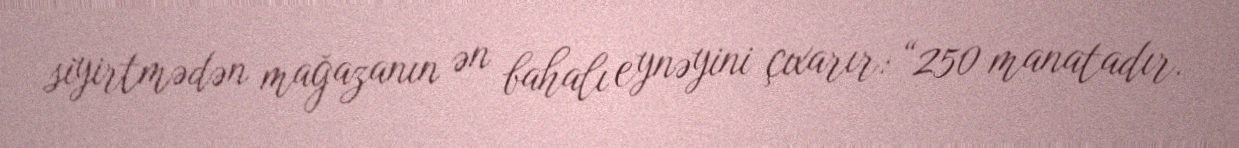
siyirtmədən mağazanın ən bahalı eynəyini çıxarır: “250 manatadır.